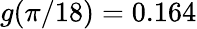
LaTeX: g(\pi/18)=0.164